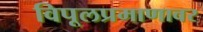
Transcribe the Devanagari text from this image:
विपूलप्रमाणावर